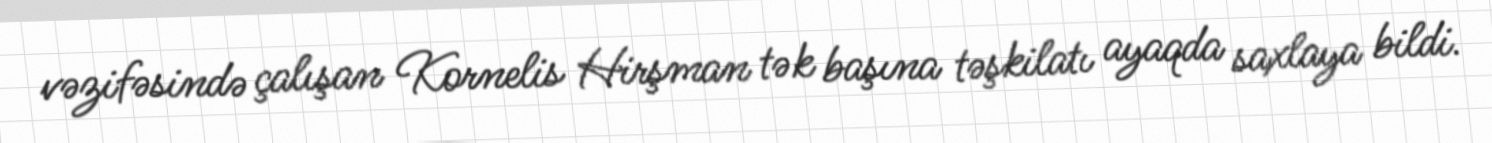
vəzifəsində çalışan Kornelis Hirşman tək başına təşkilatı ayaqda saxlaya bildi.